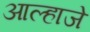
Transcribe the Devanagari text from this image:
आल्हाजें